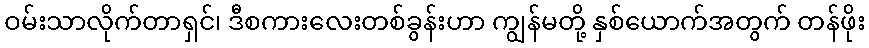
ဝမ်းသာလိုက်တာရှင်၊ ဒီစကားလေးတစ်ခွန်းဟာ ကျွန်မတို့ နှစ်ယောက်အတွက် တန်ဖိုး